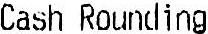
CASH ROUNDING